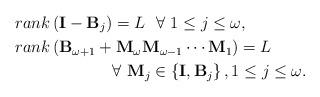
LaTeX: \begin{align*}&rank\left(\mathbf{I} - \mathbf{B}_{j}\right) = L ~~\forall~1 \leq j \leq \omega, \\&rank\left(\mathbf{B}_{\omega+1} + \mathbf{M}_{\omega}\mathbf{M}_{\omega-1}\cdots\mathbf{M}_1\right) = L \\&~~~~~~~~~~~~~~~~~~\forall~\mathbf{M}_j\in \left\{\mathbf{I}, \mathbf{B}_{j}\right\}, 1 \leq j \leq \omega.\end{align*}